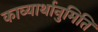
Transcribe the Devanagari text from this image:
काव्यार्थानुमिति